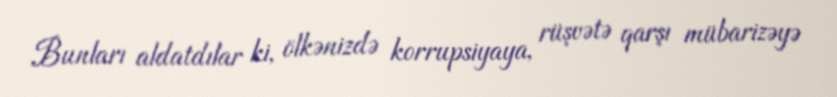
Bunları aldatdılar ki, ölkənizdə korrupsiyaya, rüşvətə qarşı mübarizəyə